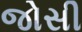
જોસી